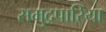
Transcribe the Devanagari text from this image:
समुद्रपारिया